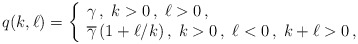
\begin{align*}q(k,\ell)=\left\{\begin{array}{l} \gamma\,,\;k>0\,,\;\ell>0\,,\\\overline{\gamma}\,(1+\ell/k)\,,\;k>0\,,\;\ell<0\,,\;k+\ell>0\,,\end{array}\right. \end{align*}